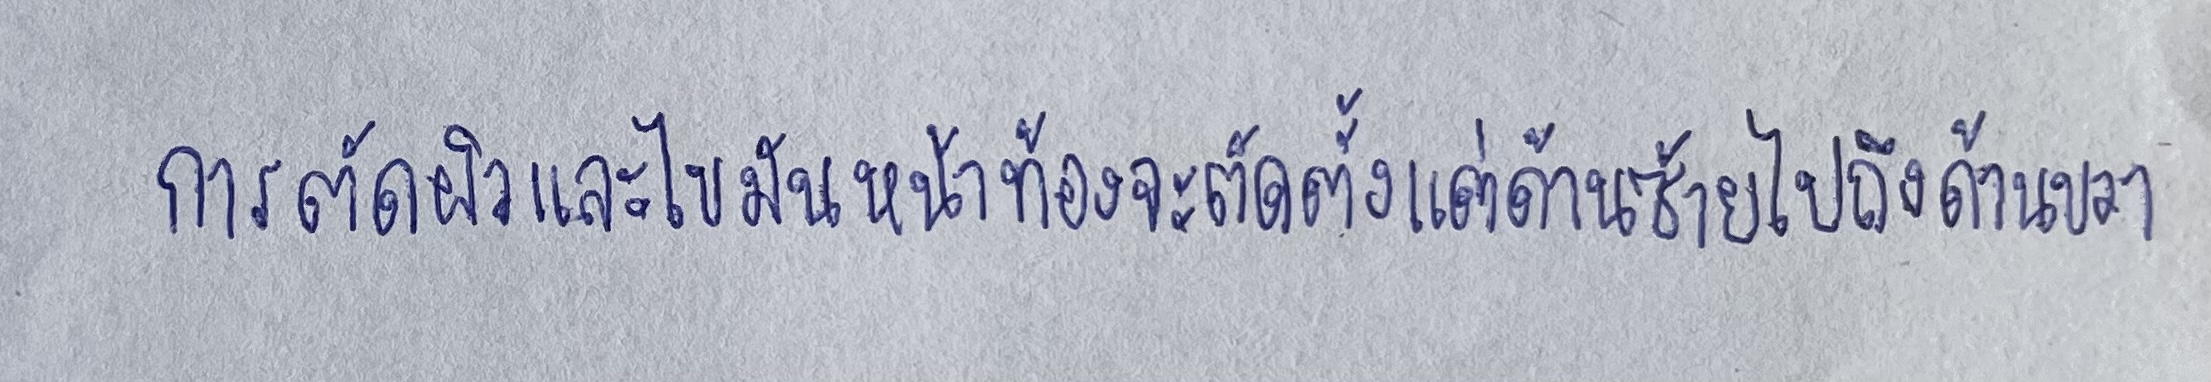
การตัดผิวและไขมันหน้าท้องจะตัดตั้งแต่ด้านซ้ายไปถึงด้านขวา